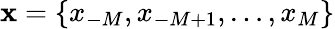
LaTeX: \mathbf{x}=\{ x_{-M},x_{-M+1},\ldots,x_{M}\}